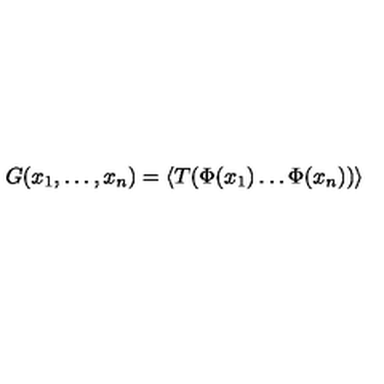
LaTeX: G ( x _ { 1 } , \dots , x _ { n } ) = \langle T ( \Phi ( x _ { 1 } ) \dots \Phi ( x _ { n } ) ) \rangle